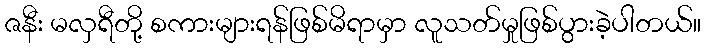
ဇနီး မလှရီတို့ စကားများရန်ဖြစ်မိရာမှာ လူသတ်မှုဖြစ်ပွားခဲ့ပါတယ်။